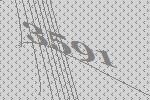
3591